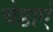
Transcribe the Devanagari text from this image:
चेष्ठाएं